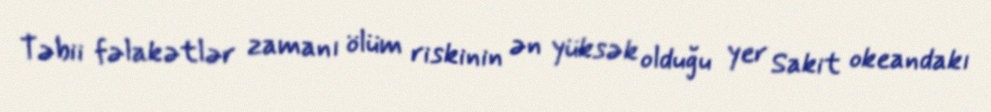
Təbii fəlakətlər zamanı ölüm riskinin ən yüksək olduğu yer Sakit okeandakı